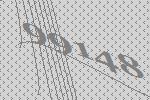
99148